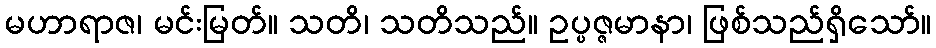
မဟာရာဇ၊ မင်းမြတ်။ သတိ၊ သတိသည်။ ဥပ္ပဇ္ဇမာနာ၊ ဖြစ်သည်ရှိသော်။